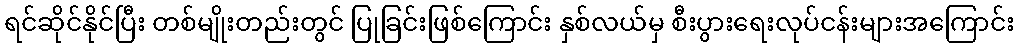
ရင်ဆိုင်နိုင်ပြီး တစ်မျိုးတည်းတွင် ပြုခြင်းဖြစ်ကြောင်း နှစ်လယ်မှ စီးပွားရေးလုပ်ငန်းများအကြောင်း